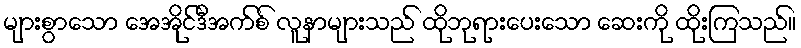
များစွာသော အေအိုင်ဒီအက်စ် လူနာများသည် ထိုဘုရားပေးသော ဆေးကို ထိုးကြသည်။